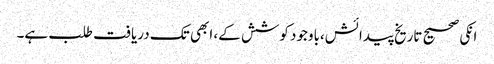
انکی صحیح تاریخ پیدائش،باوجود کوشش کے، ابھی تک دریافت طلب ہے۔